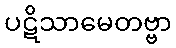
ပဋိသာမေတဗ္ဗာ